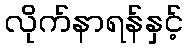
လိုက်နာရန်နှင့်